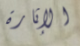
الإثارة